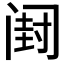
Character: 𲉂